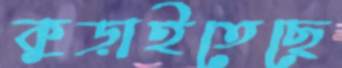
কুড়াইতেছে